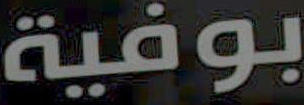
بوفية